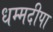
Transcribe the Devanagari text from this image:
धम्मदीपा